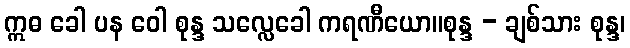
ဣဓ ခေါ ပန ဝေါ စုန္ဒ သလ္လေခေါ ကရဏီယော။စုန္ဒ - ချစ်သား စုန္ဒ၊